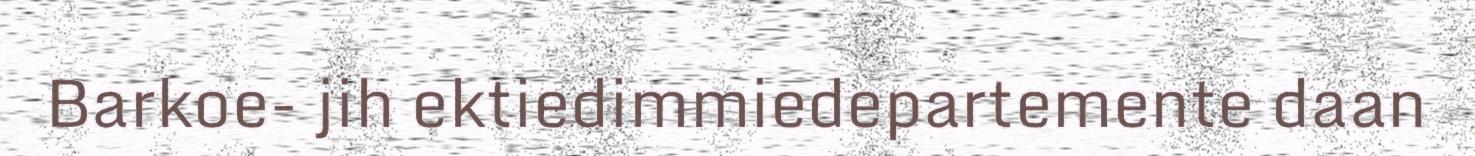
Barkoe- jih ektiedimmiedepartemente daan